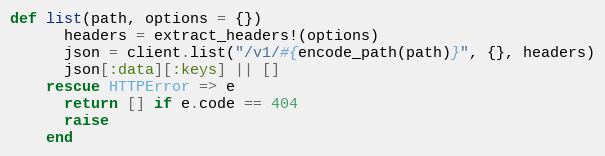
Language: Ruby
def list(path, options = {})
      headers = extract_headers!(options)
      json = client.list("/v1/#{encode_path(path)}", {}, headers)
      json[:data][:keys] || []
    rescue HTTPError => e
      return [] if e.code == 404
      raise
    end